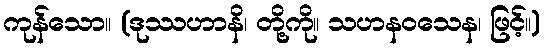
ကုန်သော။ (ဒုဿဟာနိ၊ တို့ကို။ သဟနဝသေန၊ ဖြင့်။)